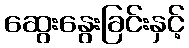
ဆွေးနွေးခြင်းနှင့်